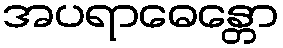
အပရာဓေန္တော